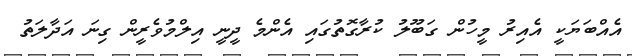
އެއްބަޔަކީ އެއިރު މީހުން ގަބޫލު ކުރާގޮތުގައި އެންމެ ދީނީ އިލްމުވެރީން ގިނަ އަދާލަތު